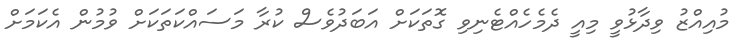
މުއިއްޒު ވިދާޅުވީ މިއީ ދެމެހެއްޓެނިވި ގޮތަކަށް އަބަދުވެސް ކުރާ މަސައްކަތަކަށް ވުމުން އެކަމަށް